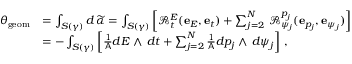
\begin{array} { r l } { \theta _ { \mathrm { g e o m } } } & { = \int _ { S ( \gamma ) } d \, \widetilde { \alpha } = \int _ { S ( \gamma ) } \left[ \mathcal { R } _ { t } ^ { E } ( \mathbf { e } _ { E } , \mathbf { e } _ { t } ) + \sum _ { j = 2 } ^ { N } \, \mathcal { R } _ { \psi _ { j } } ^ { p _ { j } } ( \mathbf { e } _ { p _ { j } } , \mathbf { e } _ { \psi _ { j } } ) \right] } \\ & { = - \int _ { S ( \gamma ) } \left[ \frac { 1 } { \mathsf { A } } d E \wedge \, d t + \sum _ { j = 2 } ^ { N } \frac { 1 } { \mathsf { A } } d p _ { j } \wedge \, d \psi _ { j } \right] \, , } \end{array}